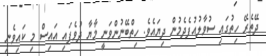
ދޭތެރޭ ހިތުގައި ސުވާލުއުފެދެމުން ދިޔައެވެ. ހިތްބޭނުންވަނީ މާޔާ ދުވެފައި އައިސް މި ކައިވެނި